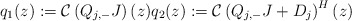
\begin{align*}q_1(z):=\mathcal{C}\left(Q_{j,-}J\right)(z) q_2(z):=\mathcal{C}\left(Q_{j,-}J+D_j\right)^H(z)\end{align*}